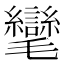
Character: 𭯮